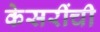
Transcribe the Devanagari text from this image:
केसरींची